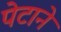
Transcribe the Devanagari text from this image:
पेटाने